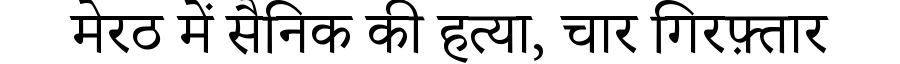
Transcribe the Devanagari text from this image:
मेरठ में सैनिक की हत्या, चार गिरफ़्तार